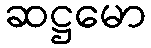
ဆဋ္ဌမော